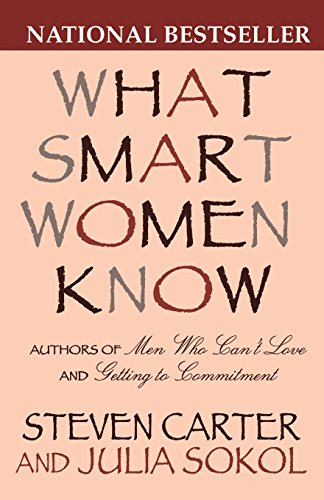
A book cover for What Smart Women Know; Steven Carter; Self-Help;